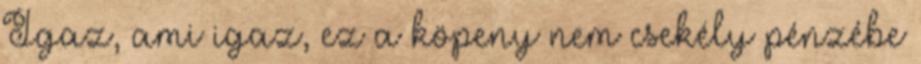
Igaz, ami igaz, ez a köpeny nem csekély pénzébe